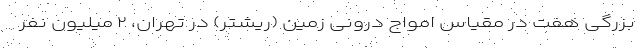
بزرگی هفت در مقیاس امواج درونی زمین (ریشتر) در تهران، ۲ میلیون نفر